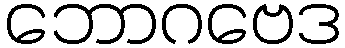
ဘောဂဗေဒ